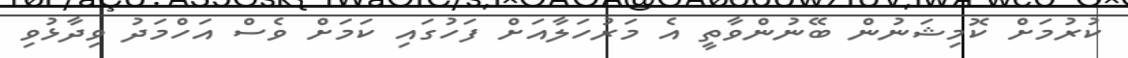
ކުރުމަށް ކޮމިޝަނުން ބޭނުންވާތީ އެ މަރުހަލާއަށް ފަހުގައި ކަމަށް ވެސް އަހްމަދު ވިދާޅުވި